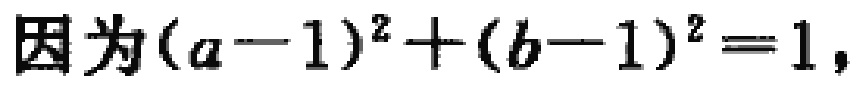
因为\((a - 1)^2 + (b - 1)^2 = 1\)，